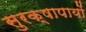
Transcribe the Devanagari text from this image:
सुरक्षापायों